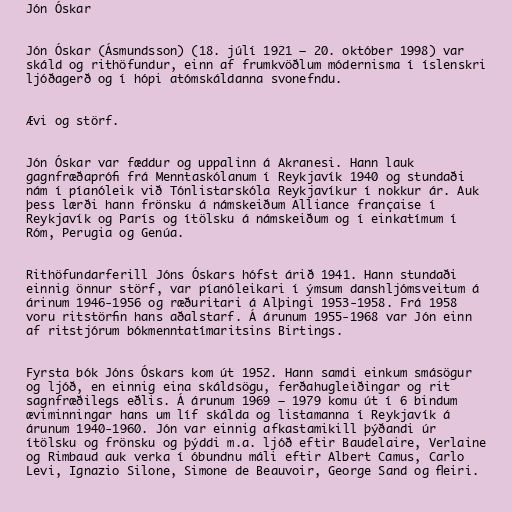
Jón Óskar

Jón Óskar (Ásmundsson) (18. júlí 1921 – 20. október 1998) var
skáld og rithöfundur, einn af frumkvöðlum módernisma í íslenskri
ljóðagerð og í hópi atómskáldanna svonefndu.

Ævi og störf.

Jón Óskar var fæddur og uppalinn á Akranesi. Hann lauk
gagnfræðaprófi frá Menntaskólanum í Reykjavík 1940 og stundaði
nám í píanóleik við Tónlistarskóla Reykjavíkur í nokkur ár. Auk
þess lærði hann frönsku á námskeiðum Alliance française í
Reykjavík og París og ítölsku á námskeiðum og í einkatímum í
Róm, Perugia og Genúa.

Rithöfundarferill Jóns Óskars hófst árið 1941. Hann stundaði
einnig önnur störf, var píanóleikari í ýmsum danshljómsveitum á
árinum 1946-1956 og ræðuritari á Alþingi 1953-1958. Frá 1958
voru ritstörfin hans aðalstarf. Á árunum 1955-1968 var Jón einn
af ritstjórum bókmenntatímaritsins Birtings.

Fyrsta bók Jóns Óskars kom út 1952. Hann samdi einkum smásögur
og ljóð, en einnig eina skáldsögu, ferðahugleiðingar og rit
sagnfræðilegs eðlis. Á árunum 1969 – 1979 komu út í 6 bindum
æviminningar hans um líf skálda og listamanna í Reykjavík á
árunum 1940-1960. Jón var einnig afkastamikill þýðandi úr
ítölsku og frönsku og þýddi m.a. ljóð eftir Baudelaire, Verlaine
og Rimbaud auk verka í óbundnu máli eftir Albert Camus, Carlo
Levi, Ignazio Silone, Simone de Beauvoir, George Sand og fleiri.